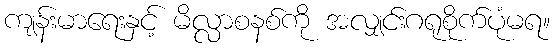
ကျန်းမာရေးနှင့် မိလ္လာစနစ်ကို အလျှင်းဂရုစိုက်ပုံမရ။